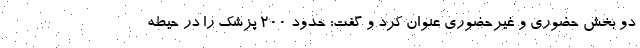
دو بخش حضوری و غیرحضوری عنوان کرد و گفت: حدود ۲۰۰ پزشک را در حیطه